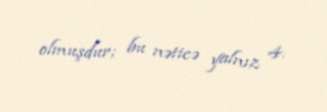
olmuşdur; bu nəticə yalnız 4.